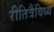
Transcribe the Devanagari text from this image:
रीतित्रैविध्य